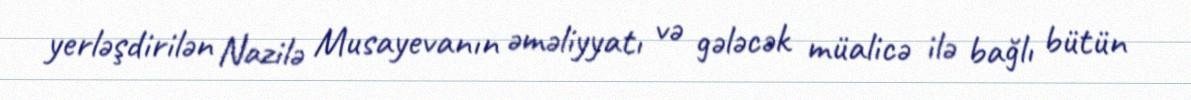
yerləşdirilən Nazilə Musayevanın əməliyyatı və gələcək müalicə ilə bağlı bütün